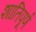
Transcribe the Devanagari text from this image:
शातिपूर्ण